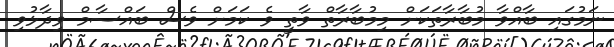
ނަމުގައި ބާއްވާ މުބާރާތަކަށް މިމުބާރާތް ވާތީ ވެ ކަމަށް ވެސް ބައްސާމް ވިދާޅުވި